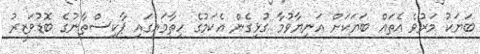
ބަޔަކު މަރުވެ އެތައް ބަޔަކަށް އަނިޔާވުމާ ގުޅިގެން އެކަމުގެ ހިތާމައިގައި ޕާކިސްތާނުގެ ބޮޑުވަޒީރު